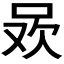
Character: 𭇲